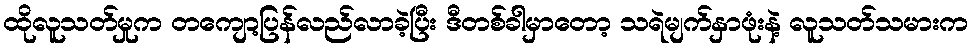
ထိုလူသတ်မှုက တကျော့ပြန်လည်လာခဲ့ပြီး ဒီတစ်ခါမှာတော့ သရဲမျက်နှာဖုံးနဲ့ လူသတ်သမားက